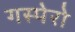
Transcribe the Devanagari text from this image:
गस्पेरो